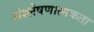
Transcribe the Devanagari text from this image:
संश्लेषणात्मकता